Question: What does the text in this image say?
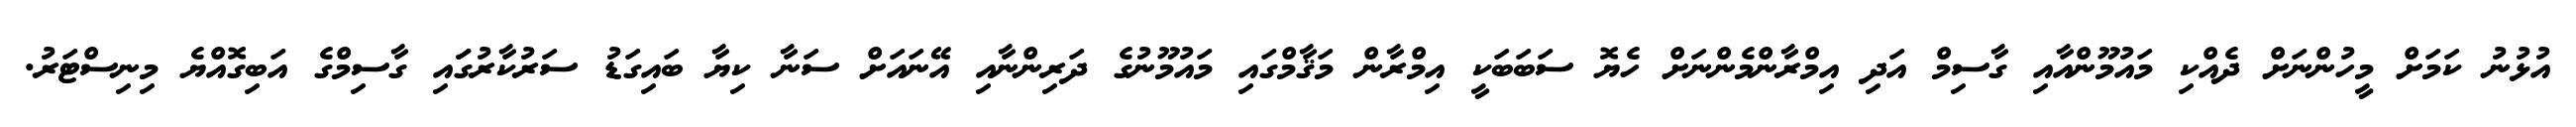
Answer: އުޅުނު ކަމަށް މީހުންނަށް ދެއްކި މައުމޫންއާއި ގާސިމް އަދި އިމްރާންމެންނަށް ހެޔޮ ސަބަބަކީ އިމްރާން މަޤާމްގައި މައުމޫނުގެ ދަރިންނާއި އޭނައަށް ސަނާ ކިޔާ ބައިގަޑު ސަރުކާރުގަައި ގާސިމްގެ އަބިގޮއްޔެ މިނިސްޓަރު.